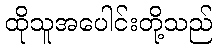
ထိုသူအပေါင်းတို့သည်